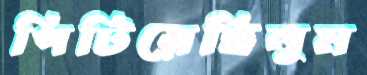
পিটিয়েছিলুম